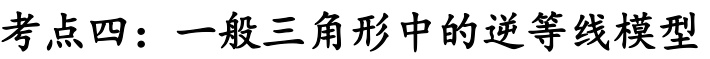
考点四：一般三角形中的逆等线模型